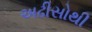
અઢીસોથી